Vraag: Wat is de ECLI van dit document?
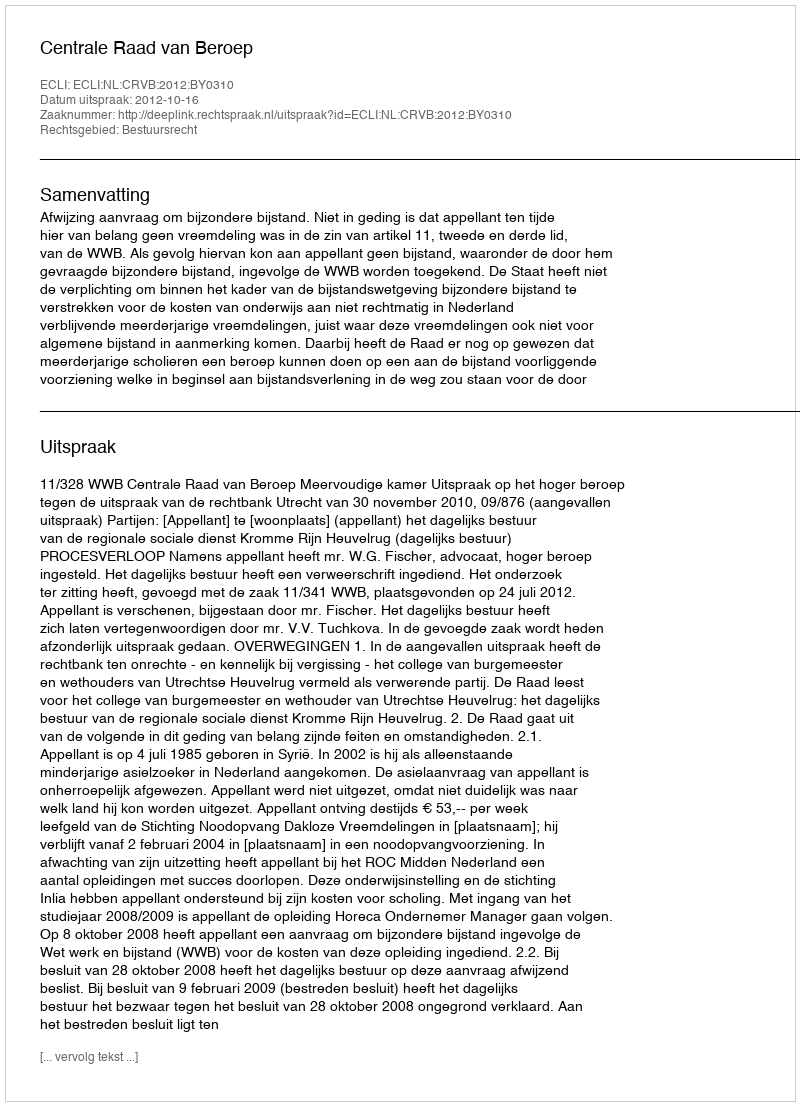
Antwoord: ECLI:NL:CRVB:2012:BY0310